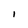
Character: l